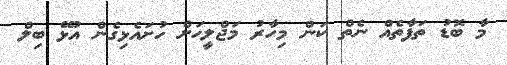
މާ ބޮޑު ތަފާތެއް ނެތް ކަން މިހާރު މަޖްލީހަށް ހުށައެޅިގެން އުޅޭ ބިލް